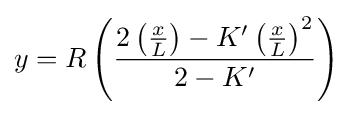
y=R\left({2\left({x \over L}\right)-K'\left({x \over L}\right)^{2} \over 2-K'}\right)